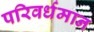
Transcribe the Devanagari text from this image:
परिवर्धमान